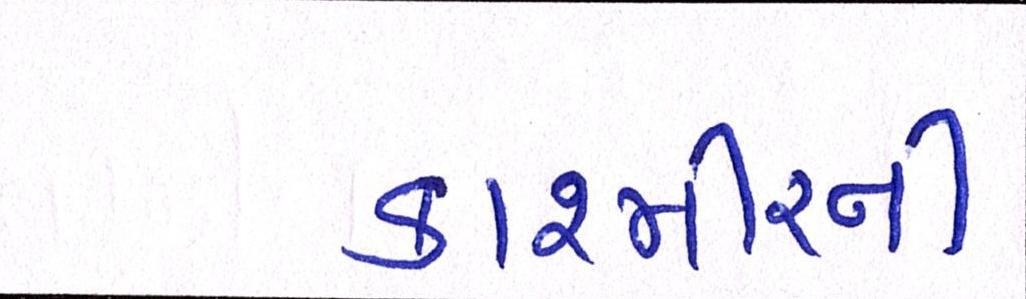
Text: કાશ્મીરની